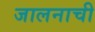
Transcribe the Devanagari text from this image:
जालनाची